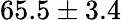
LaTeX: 65.5\pm 3.4